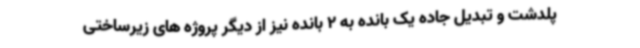
پلدشت و تبدیل جاده یک بانده به 2 بانده نیز از دیگر پروژه های زیرساختی